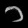
Digit: ၁